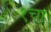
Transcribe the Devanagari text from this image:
१चा